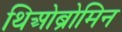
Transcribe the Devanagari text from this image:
थिओब्रोमिन